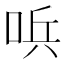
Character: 𠴇